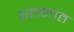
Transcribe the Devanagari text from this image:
स्तनांत